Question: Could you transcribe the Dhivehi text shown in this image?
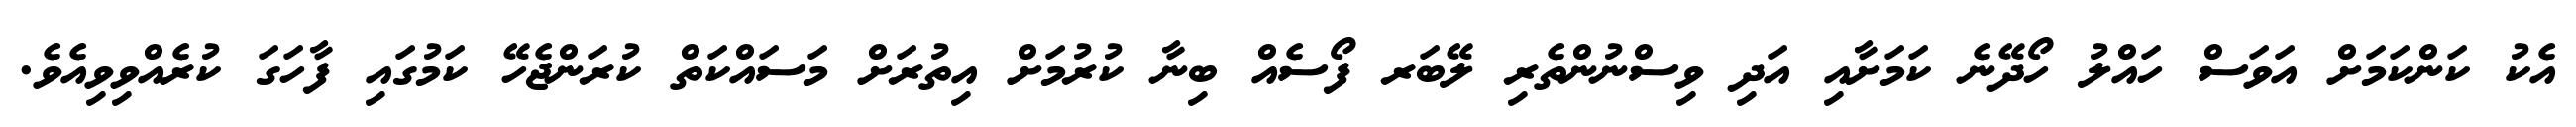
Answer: އެކު ކަންކަމަށް އަވަސް ހައްލު ހޯދޭނެ ކަމަށާއި އަދި ވިސްނުންތެރި ލޭބަރ ފޯސެއް ބިނާ ކުރުމަށް އިތުރަށް މަސައްކަތް ކުރަންޖެހޭ ކަމުގައި ފާހަގަ ކުރެއްވިވިއެވެ.